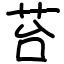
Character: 苔